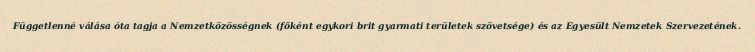
Függetlenné válása óta tagja a Nemzetközösségnek (főként egykori brit gyarmati területek szövetsége) és az Egyesült Nemzetek Szervezetének.